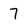
Character: 7